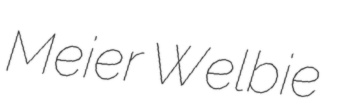
Meier Welbie